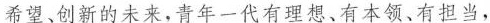
希望、创新的未来，青年一代有理想、有本领、有担当，